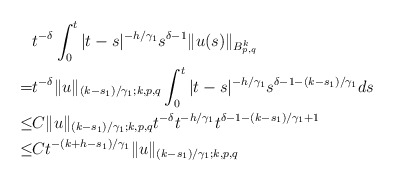
\begin{align*}\aligned &t^{-\delta}\int_0^t |t-s|^{-h/\gamma_1}s^{\delta-1}\|u(s)\|_{B^{k}_{p,q}}\\ =&t^{-\delta}\|u\|_{(k-s_1)/\gamma_1;k,p,q}\int_0^t |t-s|^{-h/\gamma_1}s^{\delta-1-(k-s_1)/\gamma_1}ds\\ \leq &C\|u\|_{(k-s_1)/\gamma_1;k,p,q}t^{-\delta}t^{-h/\gamma_1}t^{\delta-1-(k-s_1)/\gamma_1+1}\\ \leq &Ct^{-(k+h-s_1)/\gamma_1}\|u\|_{(k-s_1)/\gamma_1;k,p,q}\endaligned\end{align*}